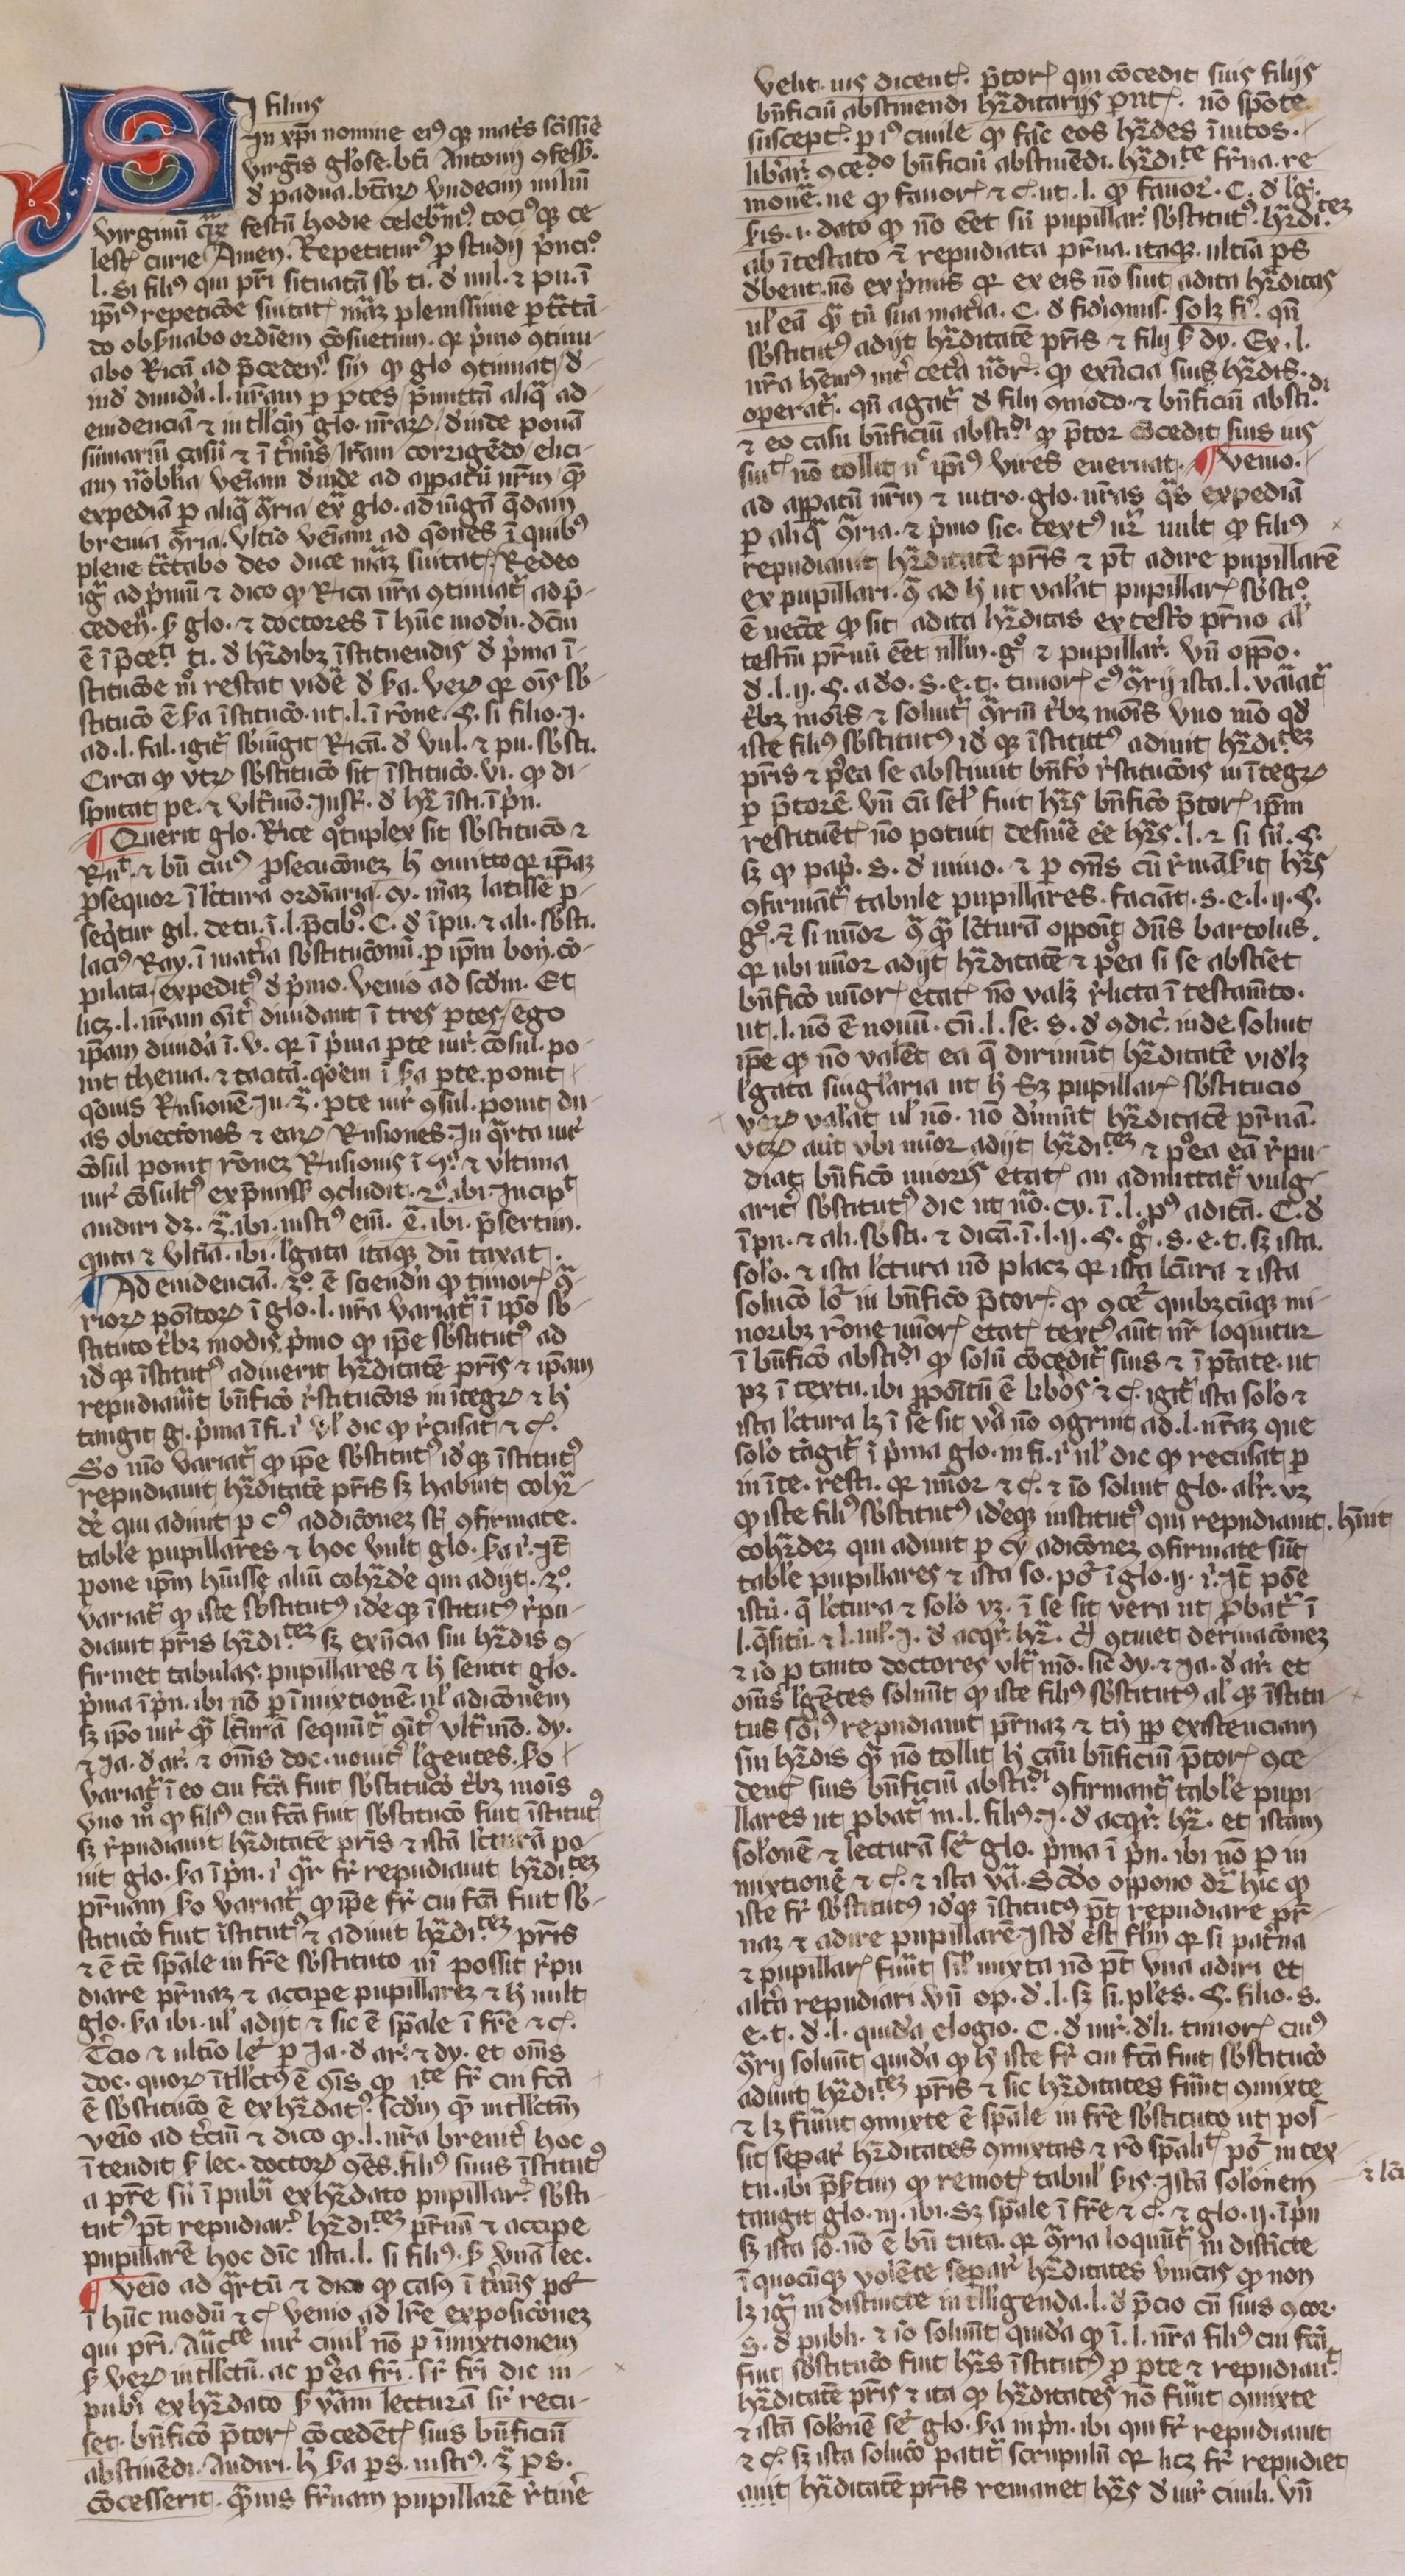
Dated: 1350–1399